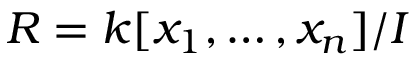
R = k [ x _ { 1 } , \ldots , x _ { n } ] / I